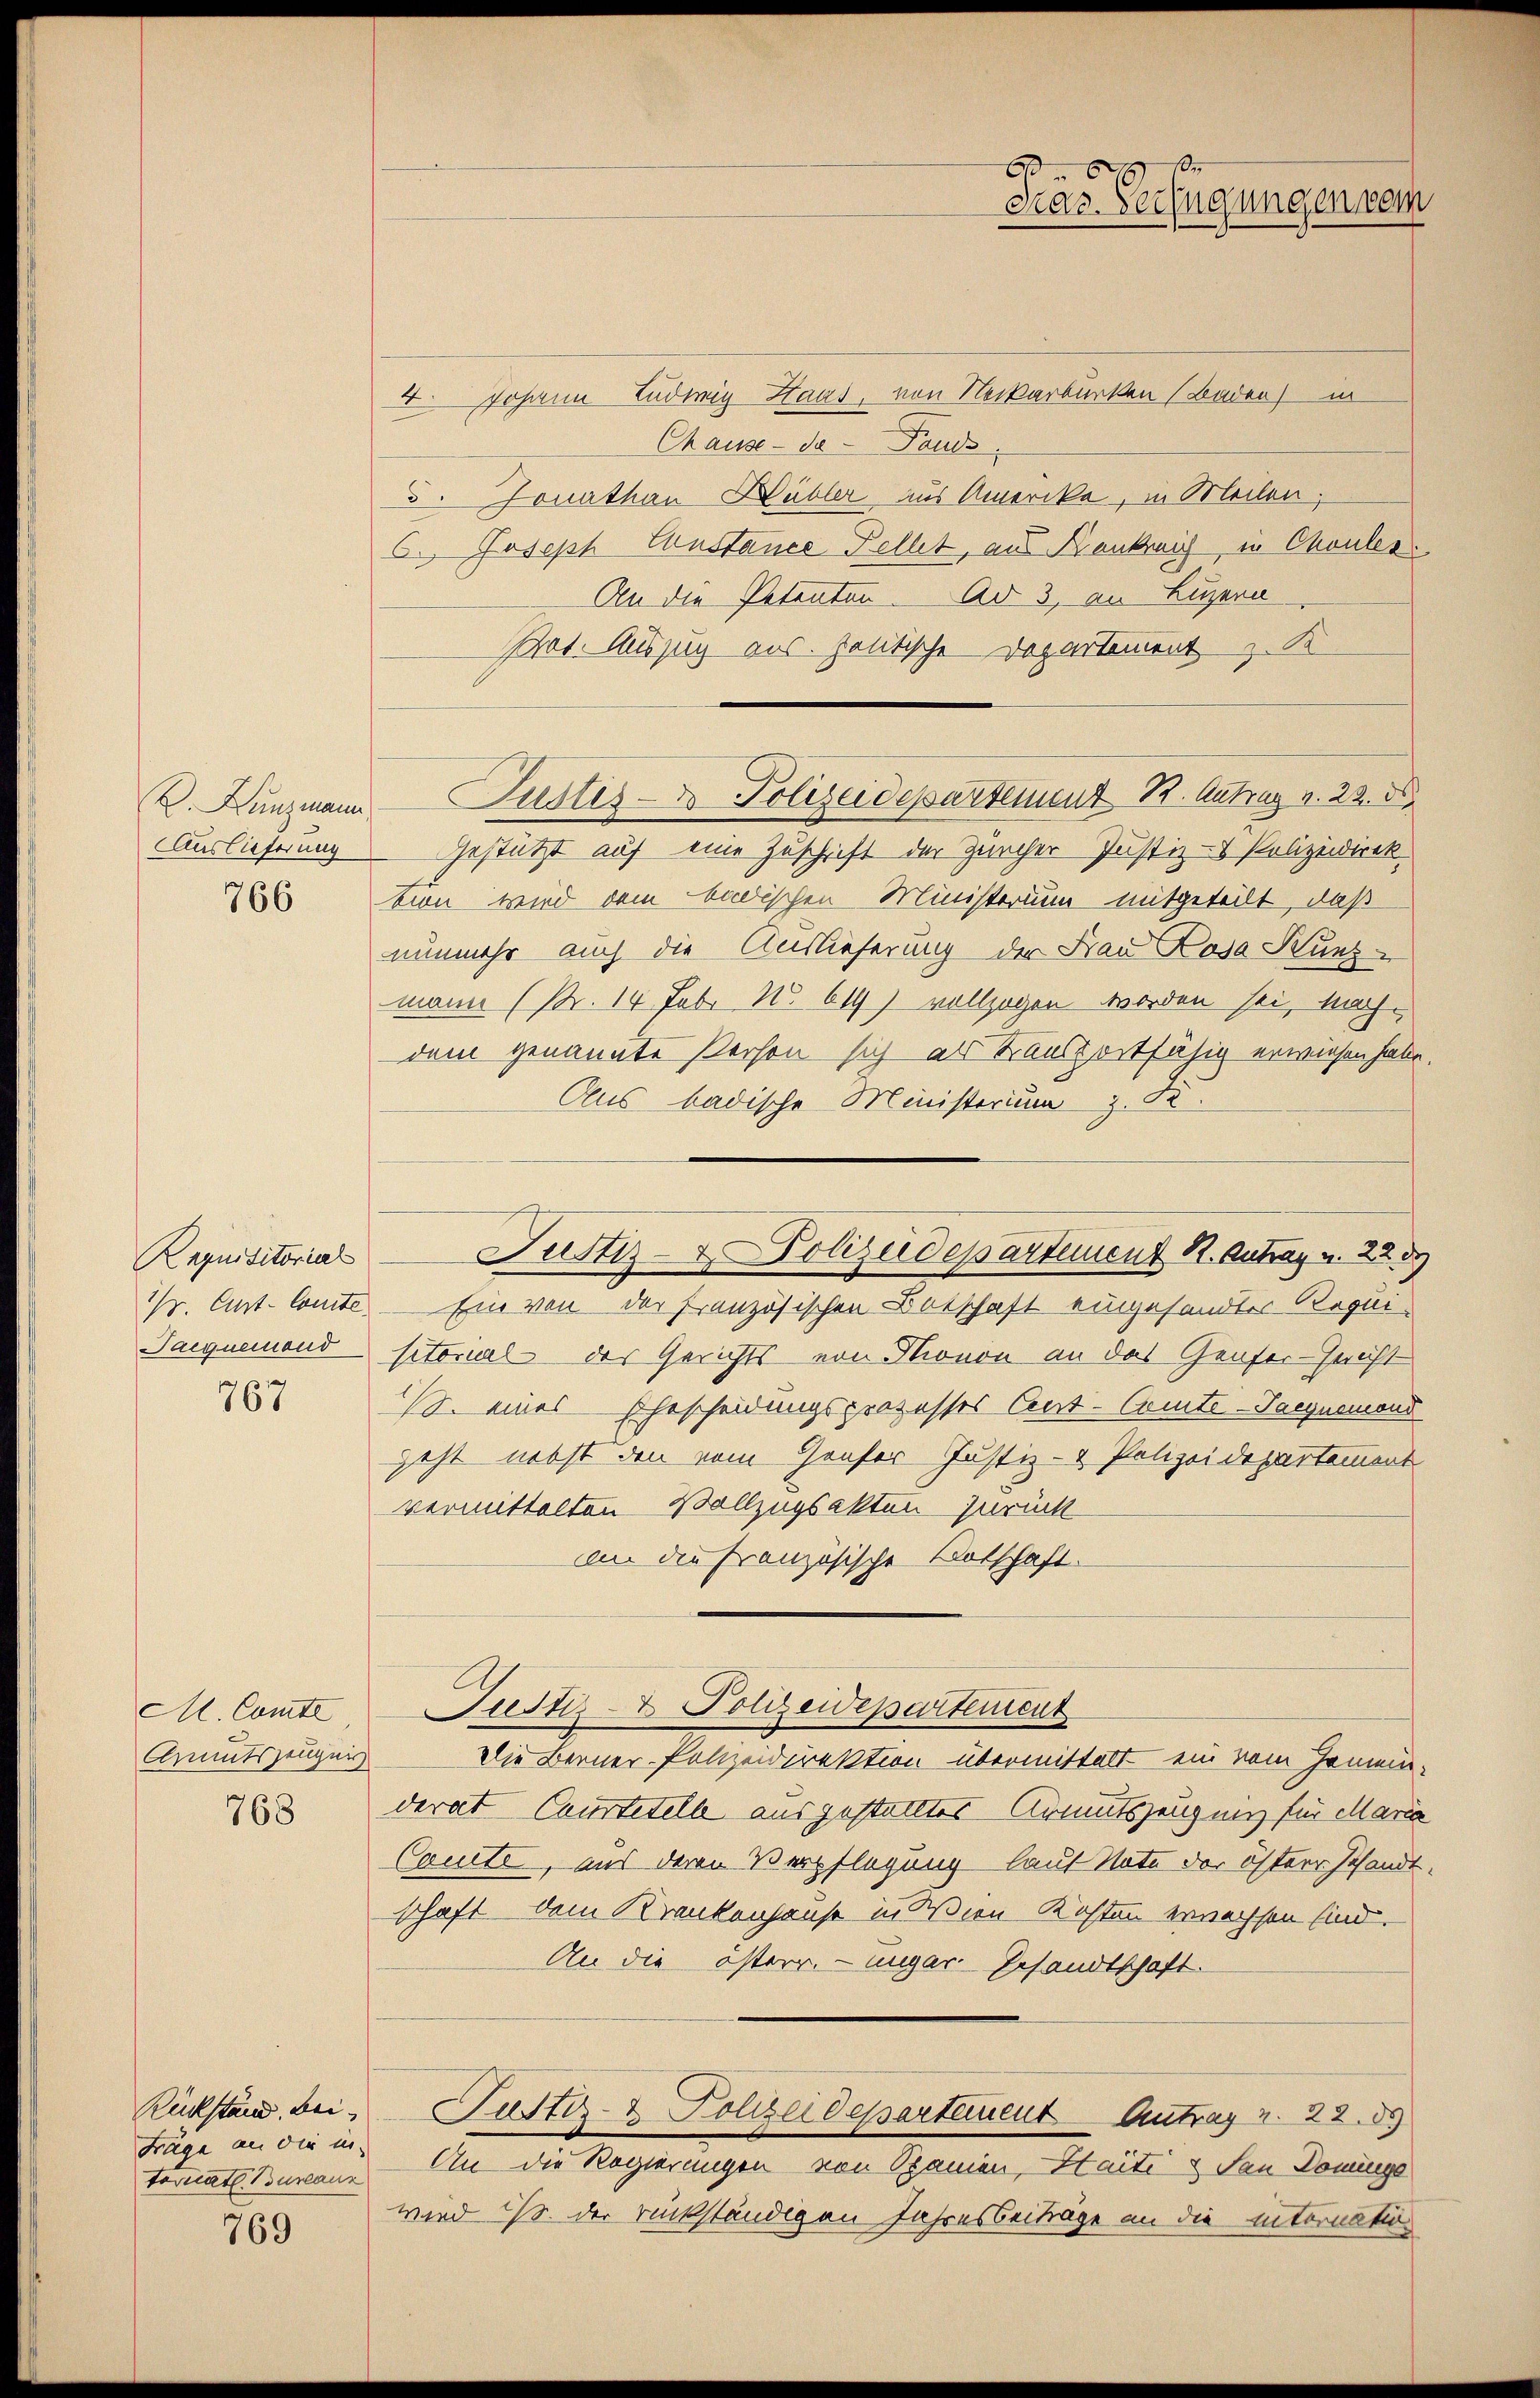
Auslieferung

766

Requisitorial
Paequemend

767

M. Comte
Armutszeugnis

768

Frage an die in
toriat Bureaus

769

4. Johann Ludwig Haas, von Neckarburken (Baden) in
Chause - da Pande
5. Honathan Hübler aus Amerika, in Meilen;
6. Joseph Constance Fellet, aus Nankreich in Chouler,
An die Petenten. Ad 3, an Luzern
Pret. Auszug aus. politische Departement z. K
Z. Kunzmann Pustes- & Polizeidepartement 12. Antrag v. 22. ds.
Gestützt auf eine Zuschrift der Zürcher Justiz- Polizeidirek
tion wird dem badischen Ministerium mitgeteilt, daß
nunmehr auch die Auslieferung der Frau Rosa Kunzmann (Nr. 14 Febr No 61) vollzogen worden sei, nach
dem genannte Person sich als Transfortfähig erwiesen habe.
Aus badische Ministerium z. S.
W. Ant. Comte Ein von der Französischen Botschaft eingesandter Requisitorial der Gerichts von Thronon an das Genfer-Gericht
S. eines Ehescheidungsprozesses Cent-Comte-Jacquamond
geht nebst den vom Ganser Justiz- & Polizeidepartement
vermittelten Vollzugsakten zurück
an die französische Botschaft.
Justiz- & Polizeidepartement
Die Berner Polizeidirektion übermittelt ein vom Gemeinderat Caurtetelle ausgestelltes Armutszeugnis für Maria
Cauite, aus deren Verpflegung lauf Note der österr Gesandtschaft dem Krankenhause in Wien Kosten erwachsen sind.
An die österr. ungar. Gesandtschaft.
Rückstand bei Pustiz- & Polizeidepartement Antrag u. 22. d.
An die Regierungen von Spanien, Haite & San Dominge
wird ist der rückständigen Jahresbeiträge an die internation

6 x
Pras. Verfügungen vom

Justiz- & Polizeidepartement R. Antrag u. 223